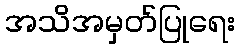
အသိအမှတ်ပြုရေး